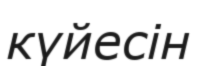
күйесін